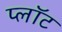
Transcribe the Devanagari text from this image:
प्‍लॉट